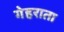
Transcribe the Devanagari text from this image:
गेहराता